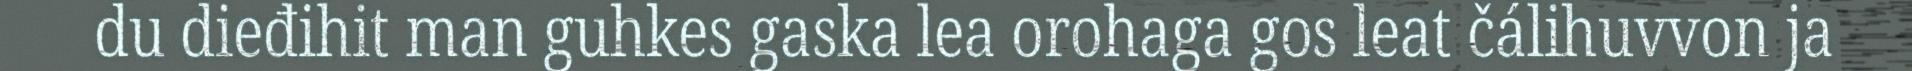
du dieđihit man guhkes gaska lea orohaga gos leat čálihuvvon ja